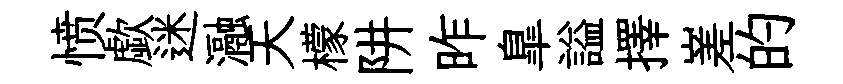
愤歔迷瀜天檬阱昨臯謚擇嵳的